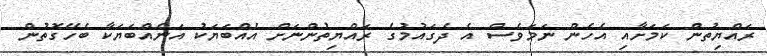
ރައްޔިތުން ކަމަށާއި އެހެން ނަމަވެސް އެ ދެގައުމުގެ ރައްޔިތުންނަށް އެއްބަޔަކު އަނެއްބަޔަކާ ބެހޭގޮތުން